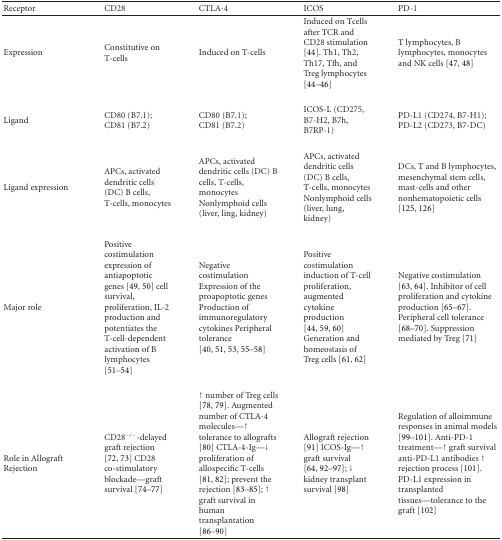
| Receptor | CD28 | CTLA-4 | ICOS | PD-1 |
 | --- | --- | --- | --- | --- |
 | Expression | Constitutive on T-cells | Induced on T-cells | Induced on Tcells after TCR and CD28 stimulation [44]. Th1, Th2, Th17, Tfh, and Treg lymphocytes [44–46] | T lymphocytes, B lymphocytes, monocytes and NK cells [47, 48] |
 | Ligand | CD80 (B7.1); CD81 (B7.2) | CD80 (B7.1); CD81 (B7.2) | ICOS-L (CD275, B7-H2, B7h, B7RP-1) | PD-L1 (CD274, B7-H1); PD-L2 (CD273, B7-DC) |
 | Ligand expression | APCs, activated dendritic cells (DC) B cells, T-cells, monocytes | APCs, activated dendritic cells (DC) B cells, T-cells, monocytes Nonlymphoid cells (liver, ling, kidney) | APCs, activated dendritic cells (DC) B cells, T-cells, monocytes Nonlymphoid cells (liver, lung, kidney) | DCs, T and B lymphocytes, mesenchymal stem cells, mast-cells and other nonhematopoietic cells [125, 126] |
 | Major role | Positive costimulation expression of antiapoptotic genes [49, 50] cell survival, proliferation, IL-2 production and potentiates the T-cell-dependent activation of B lymphocytes [51–54] | Negative costimulation Expression of the proapoptotic genes Production of immunoregulatory cytokines Peripheral tolerance [40, 51, 53, 55–58] | Positive costimulation induction of T-cell proliferation, augmented cytokine production [44, 59, 60] Generation and homeostasis of Treg cells [61, 62] | Negative costimulation [63, 64]. Inhibitor of cell proliferation and cytokine production [65–67]. Peripheral cell tolerance [68–70]. Suppression mediated by Treg [71] |
 | Role in Allograft Rejection | CD28−/−-delayed graft rejection [72, 73] CD28 co-stimulatory blockade—graft survival [74–77] | ↑ number of Treg cells [78, 79]. Augmented number of CTLA-4 molecules—↑ tolerance to allografts [80] CTLA-4-Ig—↓ proliferation of allospecific T-cells [81, 82]; prevent the rejection [83–85]; ↑ graft survival in human transplantation [86–90] | Allograft rejection [91] ICOS-Ig—↑ graft survival [64, 92–97]; ↓ kidney transplant survival [98] | Regulation of alloimmune responses in animal models [99–101]. Anti-PD-1 treatment—↑ graft survival anti-PD-L1 antibodies ↑ rejection process [101]. PD-L1 expression in transplanted tissues—tolerance to the graft [102] |